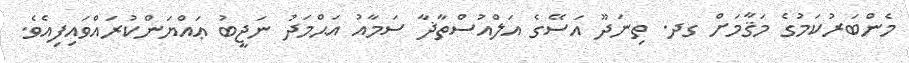
މެންބަރުކަމުގެ މަޤާމަށް ގދ. ތިނަދޫ އަސޭގެ އަލްއުސްތާޛާ ސަމާއު އަޙްމަދު ނަޖީބު ޢައްޔަންކުރައްވައިފިއެވެ.